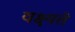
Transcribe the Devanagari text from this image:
वक्ष्यते